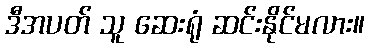
ဒီအပတ် သူ ဆေးရုံ ဆင်းနိုင်မလား။